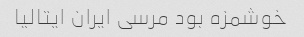
خوشمزه بود مرسی ایران ایتالیا